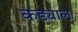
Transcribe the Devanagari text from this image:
कड्याल